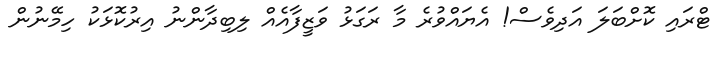
ޓްރައި ކޮށްބަލަ އަދިވެސް! އެޔައްވުރެ މާ ރަގަޅު ވަޒީފާއެއް ލިބިދާންނު އިރުކޮޅަކު ހިމޭނުން